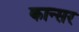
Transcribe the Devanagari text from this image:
कान्सर